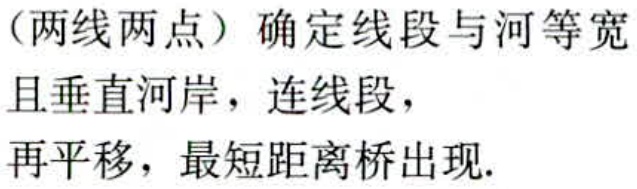
（两线两点）确定线段与河等宽且垂直河岸，连线段，再平移，最短距离桥出现.